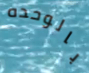
بالوحده